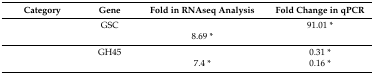
<table><thead><tr><td><b>Category</b></td><td><b>Gene</b></td><td><b>Fold in RNAseq Analysis</b></td><td><b>Fold Change in qPCR</b></td></tr></thead><tbody><tr><td rowspan="2">[EMPTY_CELL]</td><td>GSC</td><td>[EMPTY_CELL]</td><td>91.01 *</td></tr><tr><td>[EMPTY_CELL]</td><td>8.69 *</td><td>[EMPTY_CELL]</td></tr><tr><td rowspan="2">[EMPTY_CELL]</td><td>GH45</td><td>[EMPTY_CELL]</td><td>0.31 *</td></tr><tr><td>[EMPTY_CELL]</td><td>7.4 *</td><td>0.16 *</td></tr></tbody></table>